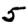
Digit: 5